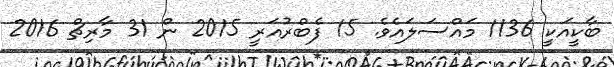
ބާކީއަކީ 1136 މައްސަލައެވެ. 15 ފެބްރުއަރީ 2015 ން 31 މާރިޗް 2016